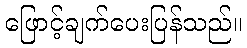
ဖြောင့်ချက်ပေးပြန်သည်။